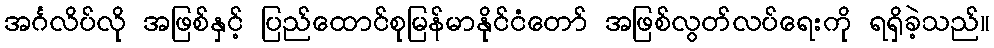
အင်္ဂလိပ်လို အဖြစ်နှင့် ပြည်ထောင်စုမြန်မာနိုင်ငံတော် အဖြစ်လွတ်လပ်ရေးကို ရရှိခဲ့သည်။